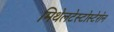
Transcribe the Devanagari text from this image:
मिथेलटेस्टोस्टेरोन